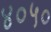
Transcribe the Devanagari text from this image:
४०५०